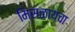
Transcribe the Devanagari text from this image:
मिसळायचा